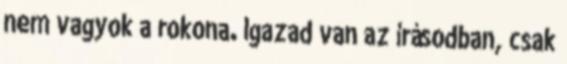
nem vagyok a rokona. Igazad van az írásodban, csak